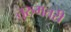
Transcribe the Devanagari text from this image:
तुरुमतरी